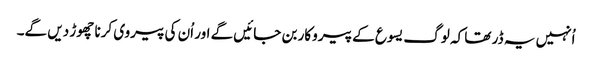
‏ اُنہیں یہ ڈر تھا کہ لوگ یسوع کے پیروکار بن جائیں گے اور اُن کی پیروی کرنا چھوڑ دیں گے۔